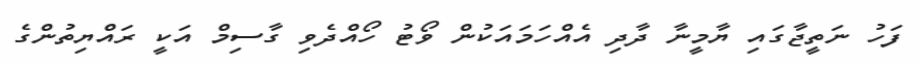
ފަހު ނަތީޖާގައި ޔާމީނާ ދާދި އެއްހަމައަކުން ވޯޓު ހޯއްދެވި ގާސިމް އަކީ ރައްޔިތުންގެ